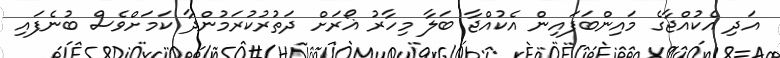
އަދި އެކުއްޖާގެ މައިންބަފައިން އެކުއްޖާ ބަލާ މިހާރު ޣޯރަށް ދަތުރުކުރަމުންދާ ކަމަށްވެސް ބުނެފައި